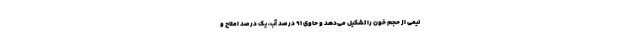
نیمی از حجم خون را تشکیل می‌دهد و حاوی ۹۱ درصد آب، یک درصد املاح و